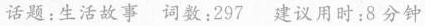
话题:生活故事 词数:297 建议用时;8分钟